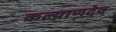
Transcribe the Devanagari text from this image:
कल्याणदेव